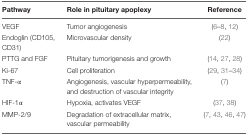
<table><thead><tr><td><b>Pathway</b></td><td><b>Role in pituitary apoplexy</b></td><td><b>Reference</b></td></tr></thead><tbody><tr><td>VEGF</td><td>Tumor angiogenesis</td><td>(6–8, 12)</td></tr><tr><td>Endoglin (CD105, CD31)</td><td>Microvascular density</td><td>(22)</td></tr><tr><td>PTTG and FGF</td><td>Pituitary tumorigenesis and growth</td><td>(14, 27, 28)</td></tr><tr><td>Ki-67</td><td>Cell proliferation</td><td>(29, 31–34)</td></tr><tr><td>TNF-α</td><td>Angiogenesis, vascular hyperpermeability, and destruction of vascular integrity</td><td>(7)</td></tr><tr><td>HIF-1α</td><td>Hypoxia, activates VEGF</td><td>(37, 38)</td></tr><tr><td>MMP-2/9</td><td>Degradation of extracellular matrix, vascular permeability</td><td>(7, 43, 46, 47)</td></tr></tbody></table>